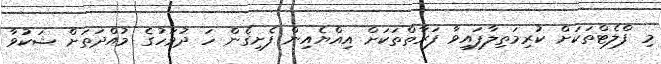
މި ފްލެޓްތަކަށް ކުރިމަތިލާފައިވާ ފަރާތްތަކަށް އިއްޔެއިން ފެށިގެން ހަ ދުވަހުގެ މުއްދަތަށް ޝަކުވާ